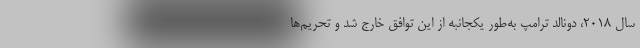
سال ۲۰۱۸، دونالد ترامپ به‌طور یکجانبه از این توافق خارج شد و تحریم‌ها